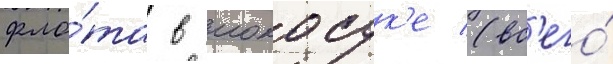
фло́та в иокосук'е (вс'его́